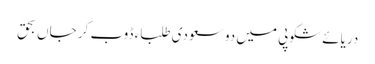
دریائے شکوپی میں دو سعودی طلباء ڈوب کر جاں بحق